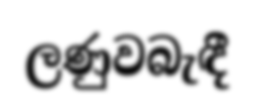
ලණුවබැඳී